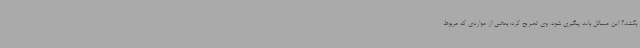
بکشد؟ این مسائل باید پیگیری شود. وی تصریح کرد: بعضی از مواردی که مربوط